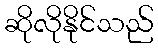
ဆိုလိုနိုင်သည်